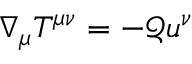
\nabla _ { \mu } T ^ { \mu \nu } = - \mathcal { Q } u ^ { \nu }